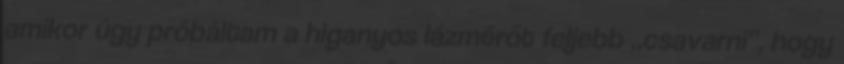
amikor úgy próbáltam a higanyos lázmérőt feljebb „csavarni”, hogy